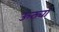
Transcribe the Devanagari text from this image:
ऊठ्यां